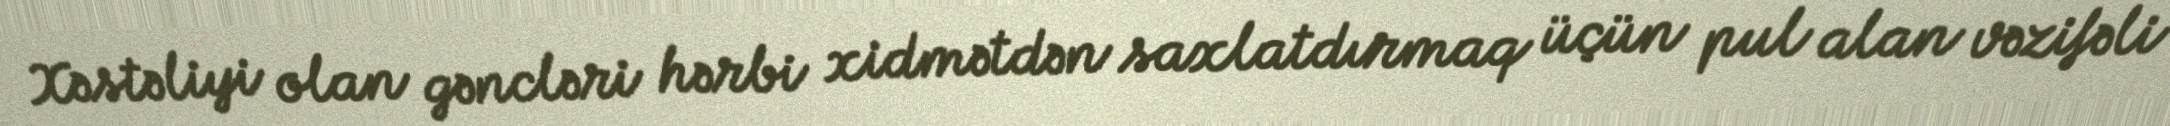
Xəstəliyi olan gəncləri hərbi xidmətdən saxlatdırmaq üçün pul alan vəzifəli